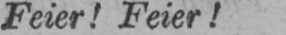
Feier! Feier!